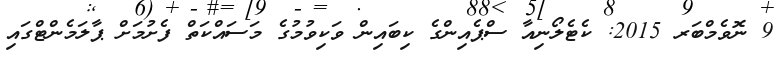
9 ނޮވެމްބަރ 2015: ކެޓެލޯނިއާ ސްޕެއިންގެ ކިބައިން ވަކިވުމުގެ މަސައްކަތް ފެށުމަށް ޕާލަމެންޓްގައި